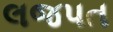
લજપત